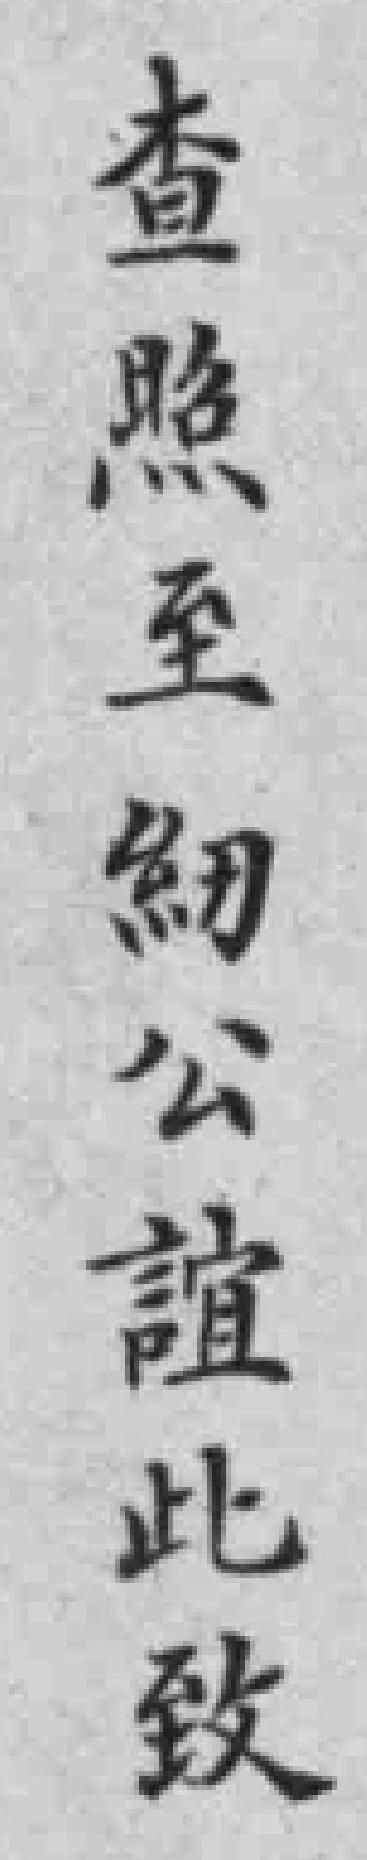
查照至紉公誼此致